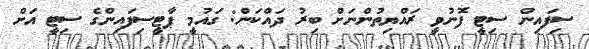
ސިފައިން ސިޓީ ފޮނުވީ ރައްޔިތުންނަށް ބިރު ދައްކަން: ގައުމީ ޕާޓީސިފައިންގެ ސިޓީ އަށް